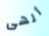
ألهى